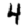
Digit: 4